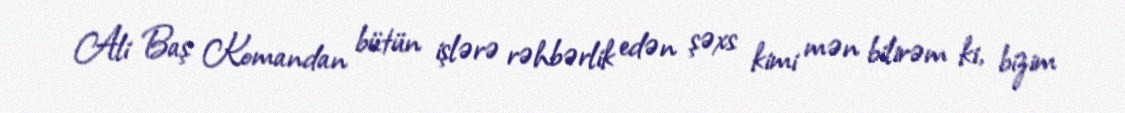
Ali Baş Komandan bütün işlərə rəhbərlik edən şəxs kimi mən bilirəm ki, bizim